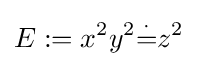
E:=x^{2}y^{2}{\overset {\cdot }{=}}z^{2}